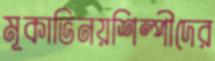
মূকাভিনয়শিল্পীদের